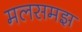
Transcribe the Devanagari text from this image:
मलसमझ